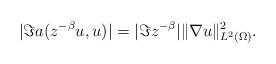
LaTeX: \begin{align*} |\Im a(z^{-\beta} u,u)| = |\Im z^{-\beta}| \|\nabla u\|_{L^2(\Omega)}^2. \end{align*}